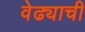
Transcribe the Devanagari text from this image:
वेढ्याची